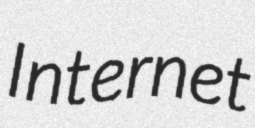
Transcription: Internet